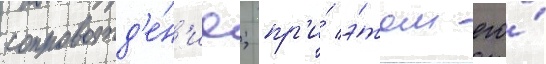
сопровожд'е́н'ие; пр'и́ э́том его́